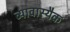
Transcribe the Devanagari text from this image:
व्यावास्यैक